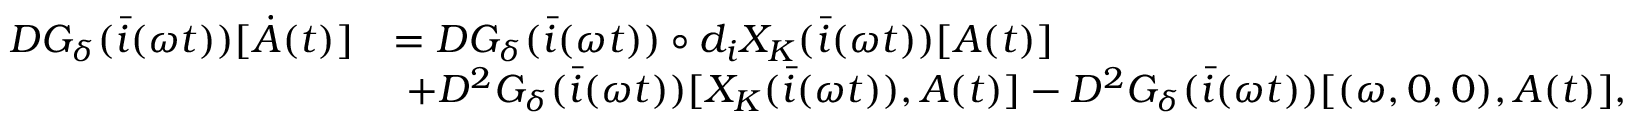
\begin{array} { r l } { D G _ { \delta } ( \bar { i } ( \omega t ) ) [ \dot { A } ( t ) ] } & { = D G _ { \delta } ( \bar { i } ( \omega t ) ) \circ d _ { i } X _ { K } ( \bar { i } ( \omega t ) ) [ A ( t ) ] } \\ & { \ + D ^ { 2 } G _ { \delta } ( \bar { i } ( \omega t ) ) [ X _ { K } ( \bar { i } ( \omega t ) ) , A ( t ) ] - D ^ { 2 } G _ { \delta } ( \bar { i } ( \omega t ) ) [ ( \omega , 0 , 0 ) , A ( t ) ] , } \end{array}